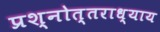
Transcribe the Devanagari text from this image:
प्रश्नोत्तराध्याय